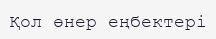
Қол өнер еңбектері